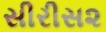
સીરીસ૨